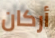
أركان